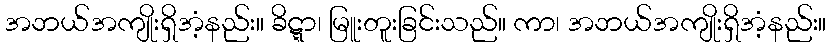
အဘယ်အကျိုးရှိအံ့နည်း။ ခိဋ္ဋာ၊ မြူးတူးခြင်းသည်။ ကာ၊ အဘယ်အကျိုးရှိအံ့နည်း။